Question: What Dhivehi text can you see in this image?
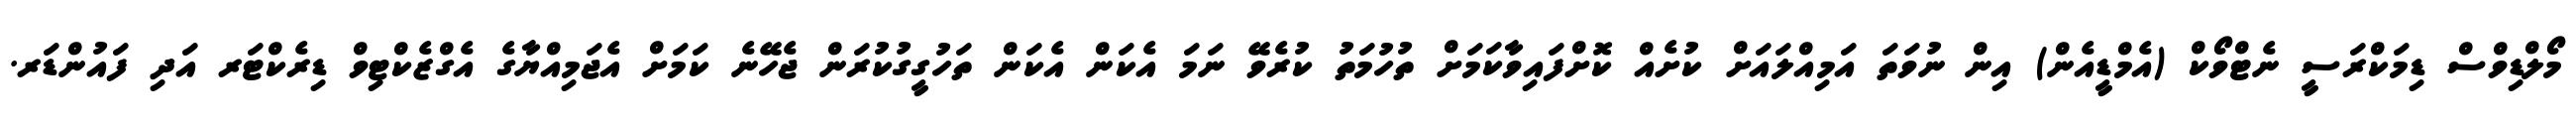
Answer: މޯލްޑިވްސް ޑިމަކްރަސީ ނެޓްވޯކް (އެމްޑީއެން) އިން ނުވަތަ އަމިއްލައަށް ކުށެއް ކޮށްފައިވާކަމަށް ތުހުމަތު ކުރެވޭ ނަމަ އެކަން އެކަން ތަހުގީގުކުރަން ޖެހޭނެ ކަމަށް އެޖަމިއްޔާގެ އެގްޒެކްޓިވް ޑިރެކްޓަރ އަދި ފައުންޑަރ.